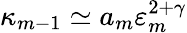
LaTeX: \kappa_{m-1}\simeq a_{m}\varepsilon_{m}^{2+\gamma}